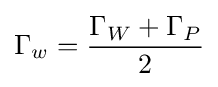
\Gamma _{w}={\frac {\Gamma _{W}+\Gamma _{P}}{2}}